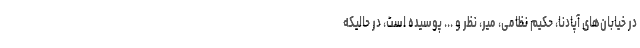
در خیابان‌های آپادنا، حکیم نظامی، میر، نظر و ... پوسیده است، در حالیکه